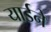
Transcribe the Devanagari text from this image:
यार्डने